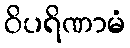
ဝိပရိဏာမံ